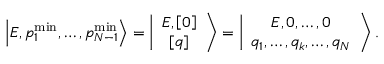
\left\vert E , p _ { 1 } ^ { \mathrm { m i n } } , \ldots , p _ { N - 1 } ^ { \mathrm { m i n } } \right> = \left\vert \begin{array} { c } { { E , \left[ 0 \right] } } \\ { { \left[ q \right] } } \end{array} \right> = \left\vert \begin{array} { c } { { E , 0 , \ldots , 0 } } \\ { { q _ { 1 } , \ldots , q _ { k } , \ldots , q _ { N } } } \end{array} \right> .